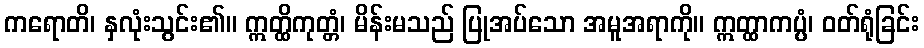
ကရောတိ၊ နှလုံးသွင်း၏။ ဣတ္ထိကုတ္တံ၊ မိန်းမသည် ပြုအပ်သော အမူအရာကို။ ဣတ္ထာကပ္ပံ၊ ဝတ်ရုံခြင်း